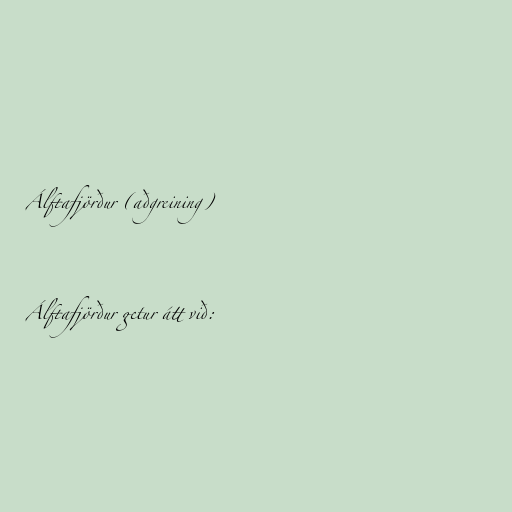
Álftafjörður (aðgreining)

Álftafjörður getur átt við: